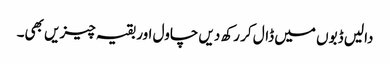
دالیں ڈبوں میں ڈال کر رکھ دیں چاول اور بقیہ چیزیں بھی۔